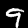
Label: 9